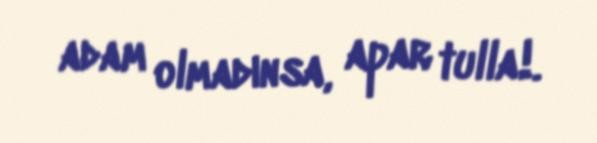
adam olmadınsa, apar tulla!.